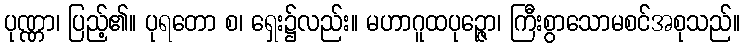
ပုဏ္ဏာ၊ ပြည့်၏။ ပုရတော စ၊ ရှေး၌လည်း။ မဟာဂူထပုဉ္ဇော၊ ကြီးစွာသောမစင်အစုသည်။